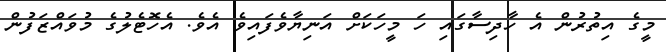
މީގެ އިތުރުން އެ ހާދިސާގައި ހަ މީހަކަށް އަނިޔާވެފައިވެ އެވެ. އެހޮޓެލުގެ މުވައްޒަފުން